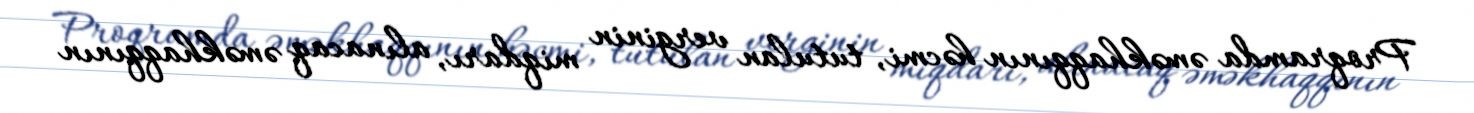
Proqramda əməkhaqqının həcmi, tutulan verginin miqdarı, alınacaq əməkhaqqının